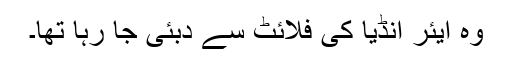
وہ ایئر انڈیا کی فلائٹ سے دبئی جا رہا تھا۔